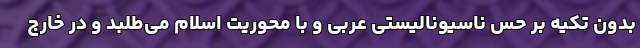
بدون تکیه بر حس ناسیونالیستی عربی و با محوریت اسلام می‌طلبد و در خارج